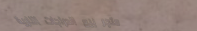
متجر بيع الدراجات النارية